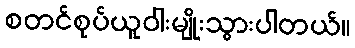
စတင်စုပ်ယူဝါးမျိုးသွားပါတယ်။